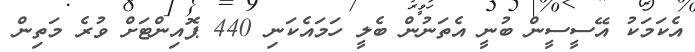
އެކަމަކު އޭސީސީން ބުނީ އެތަނުން ބެލީ ހަމައެކަނި 440 ޕޮއިންޓަށް ވުރެ މަތިން